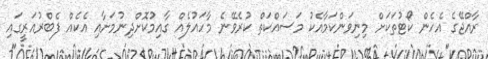
ރާއްޖޭގެ އެހެން ކޯޓުތަކަށް މިނިވަންކަމާއެކު މަސައްކަތް ކުރެވޭނެ މާހައުލެއް ގާއިމުކޮށްދިނުމަށާއި އެކެއް ފެބްރުއަރީގައި